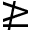
\ngeq